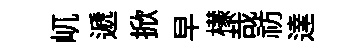
屼遞掀早檬哉祊達